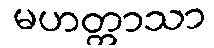
မဟတ္တာသာ